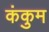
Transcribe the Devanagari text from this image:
कंकुम